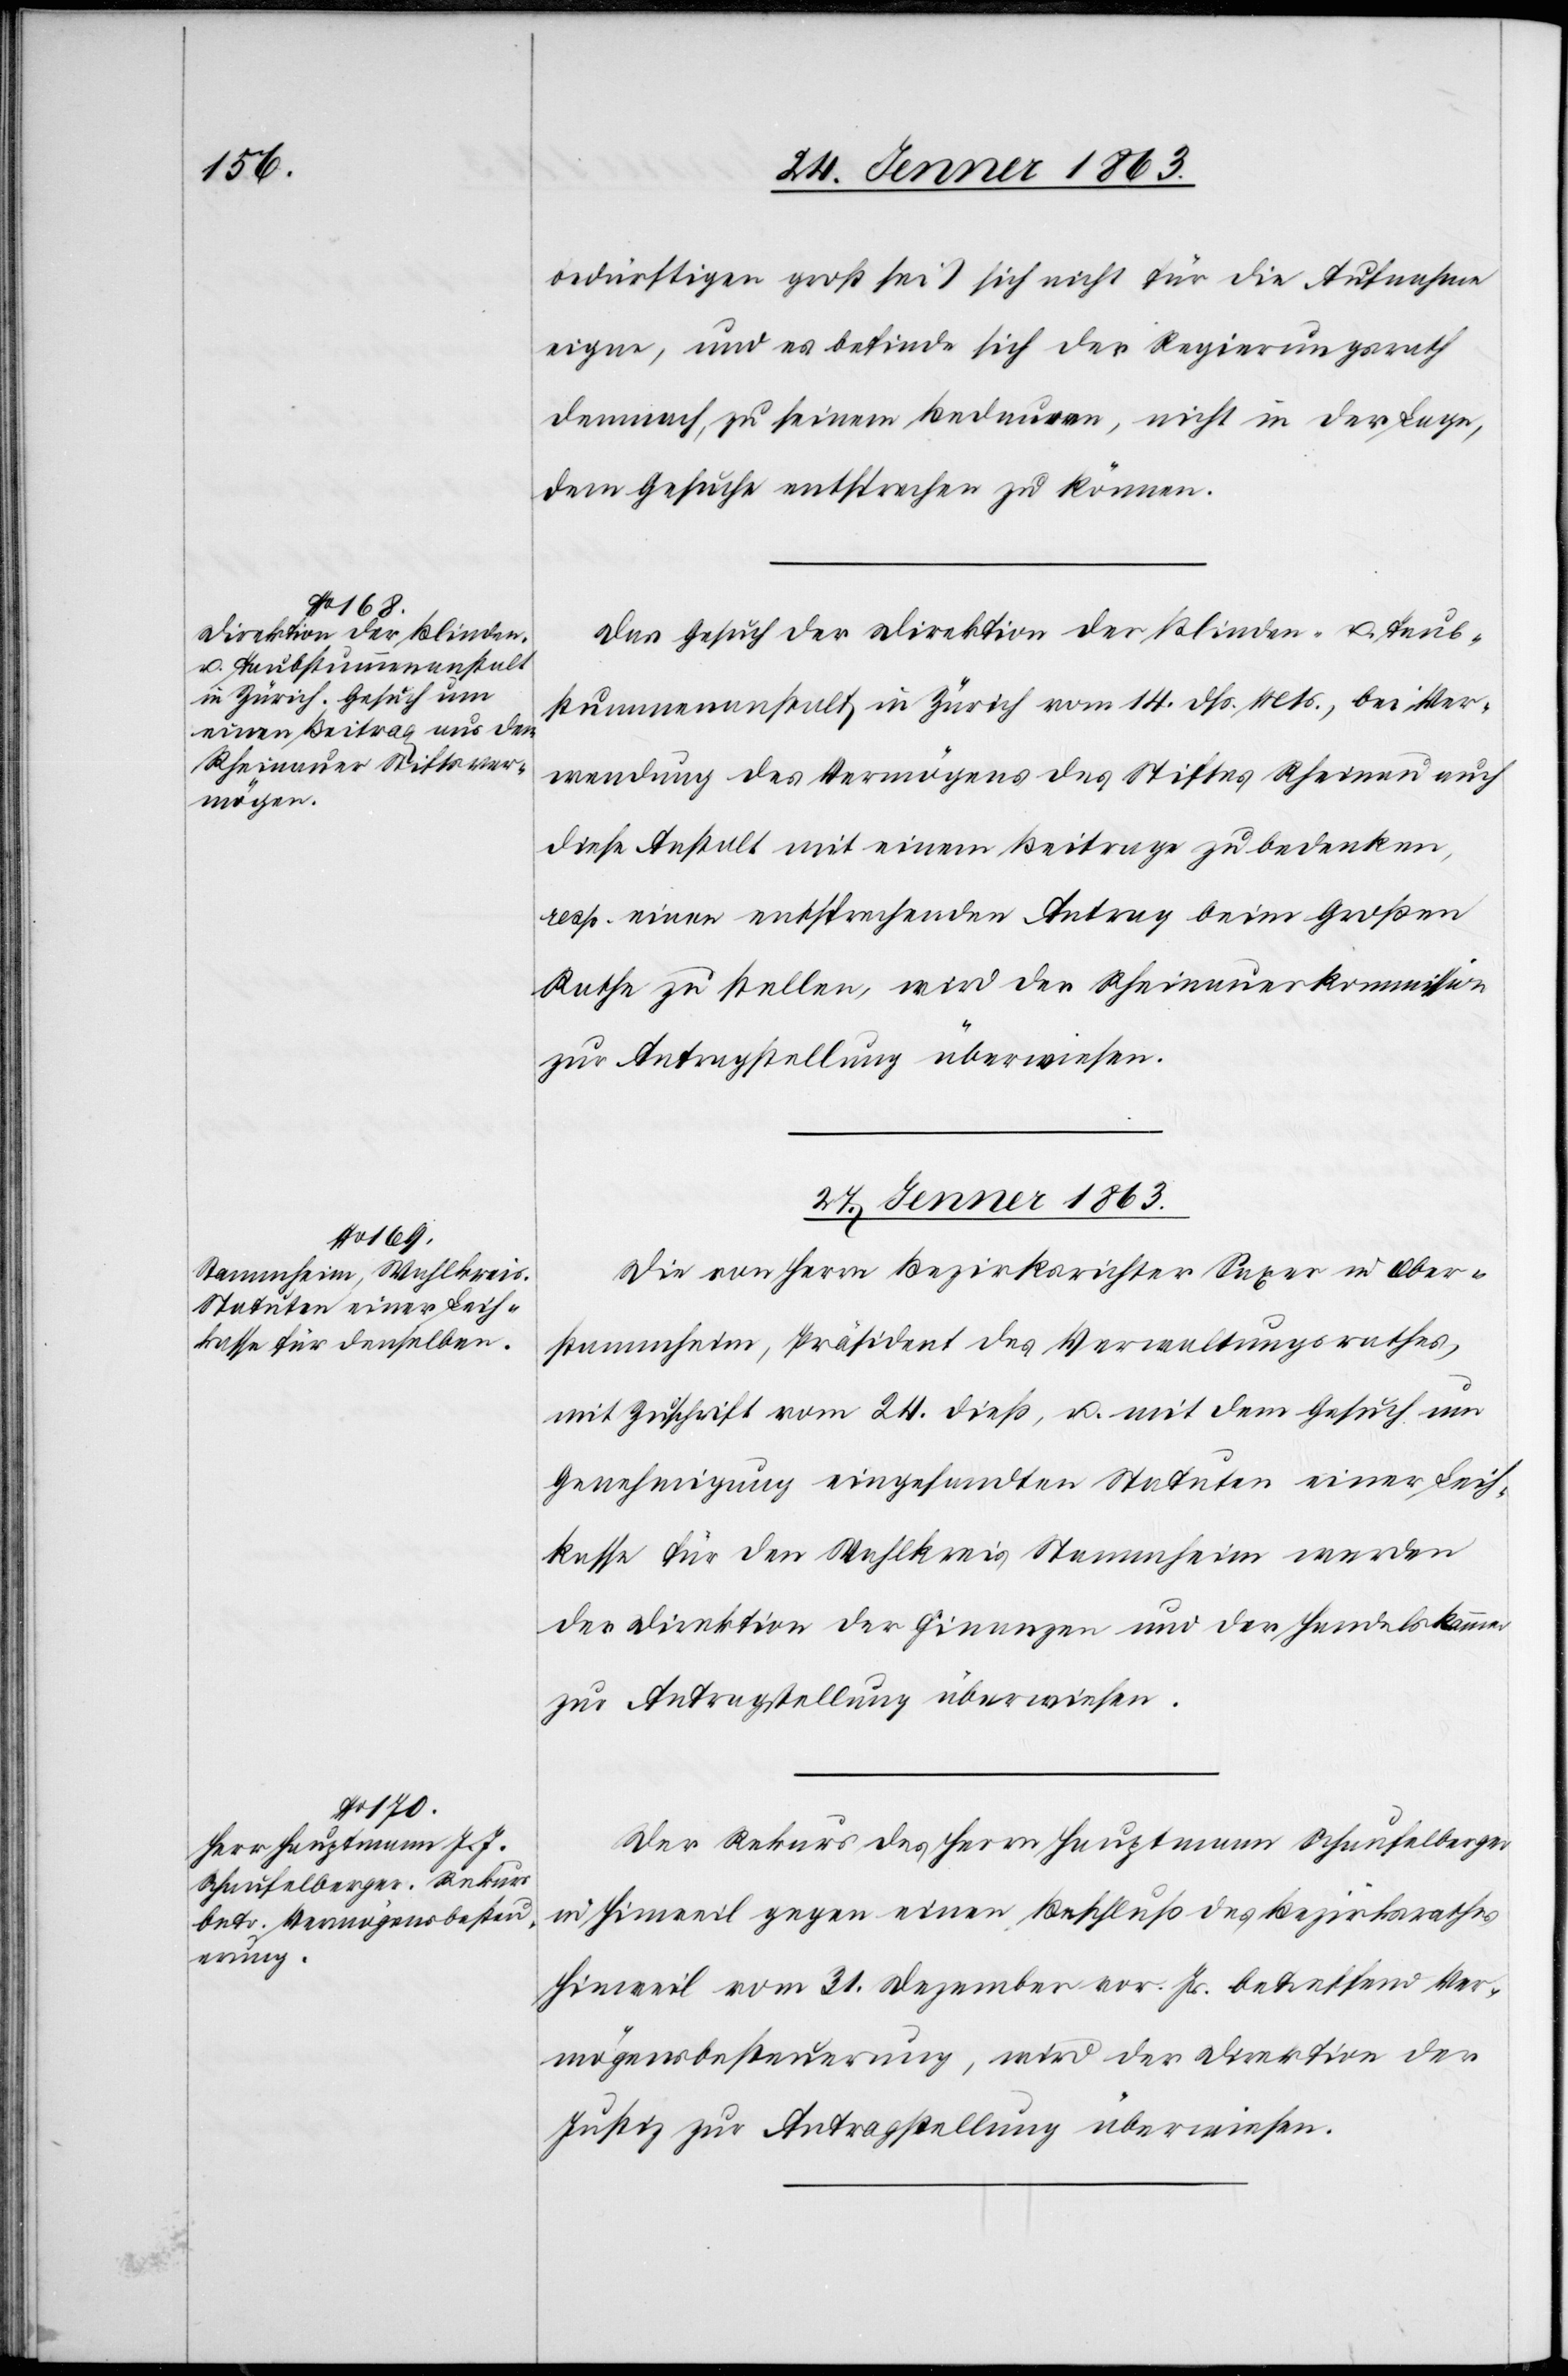
26. Jenner 1863.]
bedürftigen groß sei) sich nicht für die Aufnahme
eigne, und es befinde sich der Regierungsrath
demnach, zu seinem Bedauern, nicht in der Lage,
dem Gesuche entsprechen zu können.
Das Gesuch der Direktion der Blinden- u. Taub¬
stummenanstalt in Zürich vom 14. dß. Mts., bei Ver¬
wendung des Vermögens des Stiftes Rheinau auch
diese Anstalt mit einem Beitrage zu bedenken,
resp. einen entsprechenden Antrag beim Großen
Rathe zu stellen, wird der Rheinauerkommission
zur Antragstellung überwiesen.
27. Jenner 1863.]
Die von Herrn Bezirksrichter Saxer in Ober¬
stammheim, Präsident des Verwaltungsrathes,
mit Zuschrift vom 24. dieß, u. mit dem Gesuch um
Genehmigung eingesandten Statuten einer Leih¬
kassa für den Wahlkreis Stammheim werden
der Direktion der Finanzen und der Handelskammer
zur Antragstellung überwiesen.
Der Rekurs des Herrn Hauptmann Schaufelberger
in Hinweil gegen einen Beschluß des Bezirksrathes
Hinweil vom 31. Dezember vor. Js. betreffend Ver¬
mögensbesteuerung, wird der Direktion der
Justiz zur Antragstellung überwiesen.